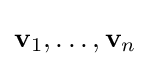
\mathbf {v} _{1},\ldots ,\mathbf {v} _{n}